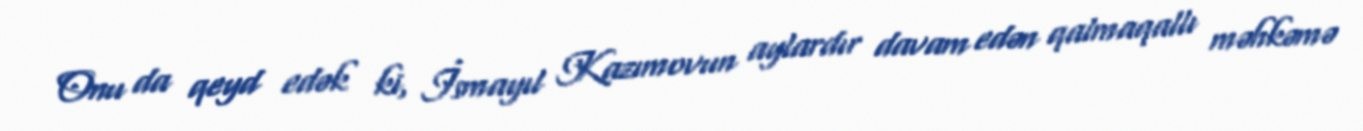
Onu da qeyd edək ki, İsmayıl Kazımovun aylardır davam edən qalmaqallı məhkəmə